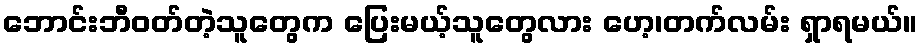
ဘောင်းဘီဝတ်တဲ့သူတွေက ပြေးမယ့်သူတွေလား ဟေ့၊တက်လမ်း ရှာရမယ်။